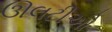
ઊલટીઓ